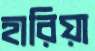
হারিয়া